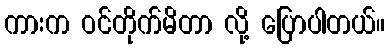
ကားက ဝင်တိုက်မိတာ လို့ ပြောပါတယ်။